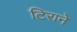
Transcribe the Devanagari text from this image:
टिराने